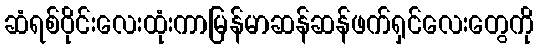
ဆံရစ်ဝိုင်းလေးထုံးကာမြန်မာဆန်ဆန်ဖက်ရှင်လေးတွေကို